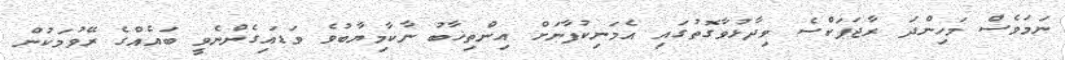
ނަމަވެސް މަހިންދަ ރާޖަޕަކްސެ ވިދާޅުވާގޮތުގައި އެމަނިކުފާނަށް އިންތިޚާބު ނާކާމިޔާބުވެ ވަޑައިގެންނެވީ ބައެއްގެ ރޭވުމަކުން